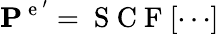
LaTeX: \mathbf{P}^{\mathrm{~e~}^{\prime}}=\mathrm{~S~C~F~}[\cdots]